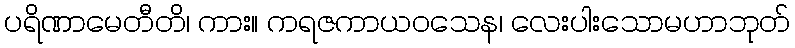
ပရိဏာမေတီတိ၊ ကား။ ကရဇကာယဝသေန၊ လေးပါးသောမဟာဘုတ်